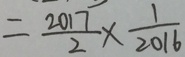
= \frac { 2 0 1 7 } { 2 } \times \frac { 1 } { 2 0 1 6 }